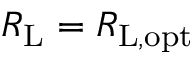
R _ { \mathrm { L } } = R _ { \mathrm { L , o p t } }